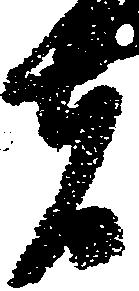
者